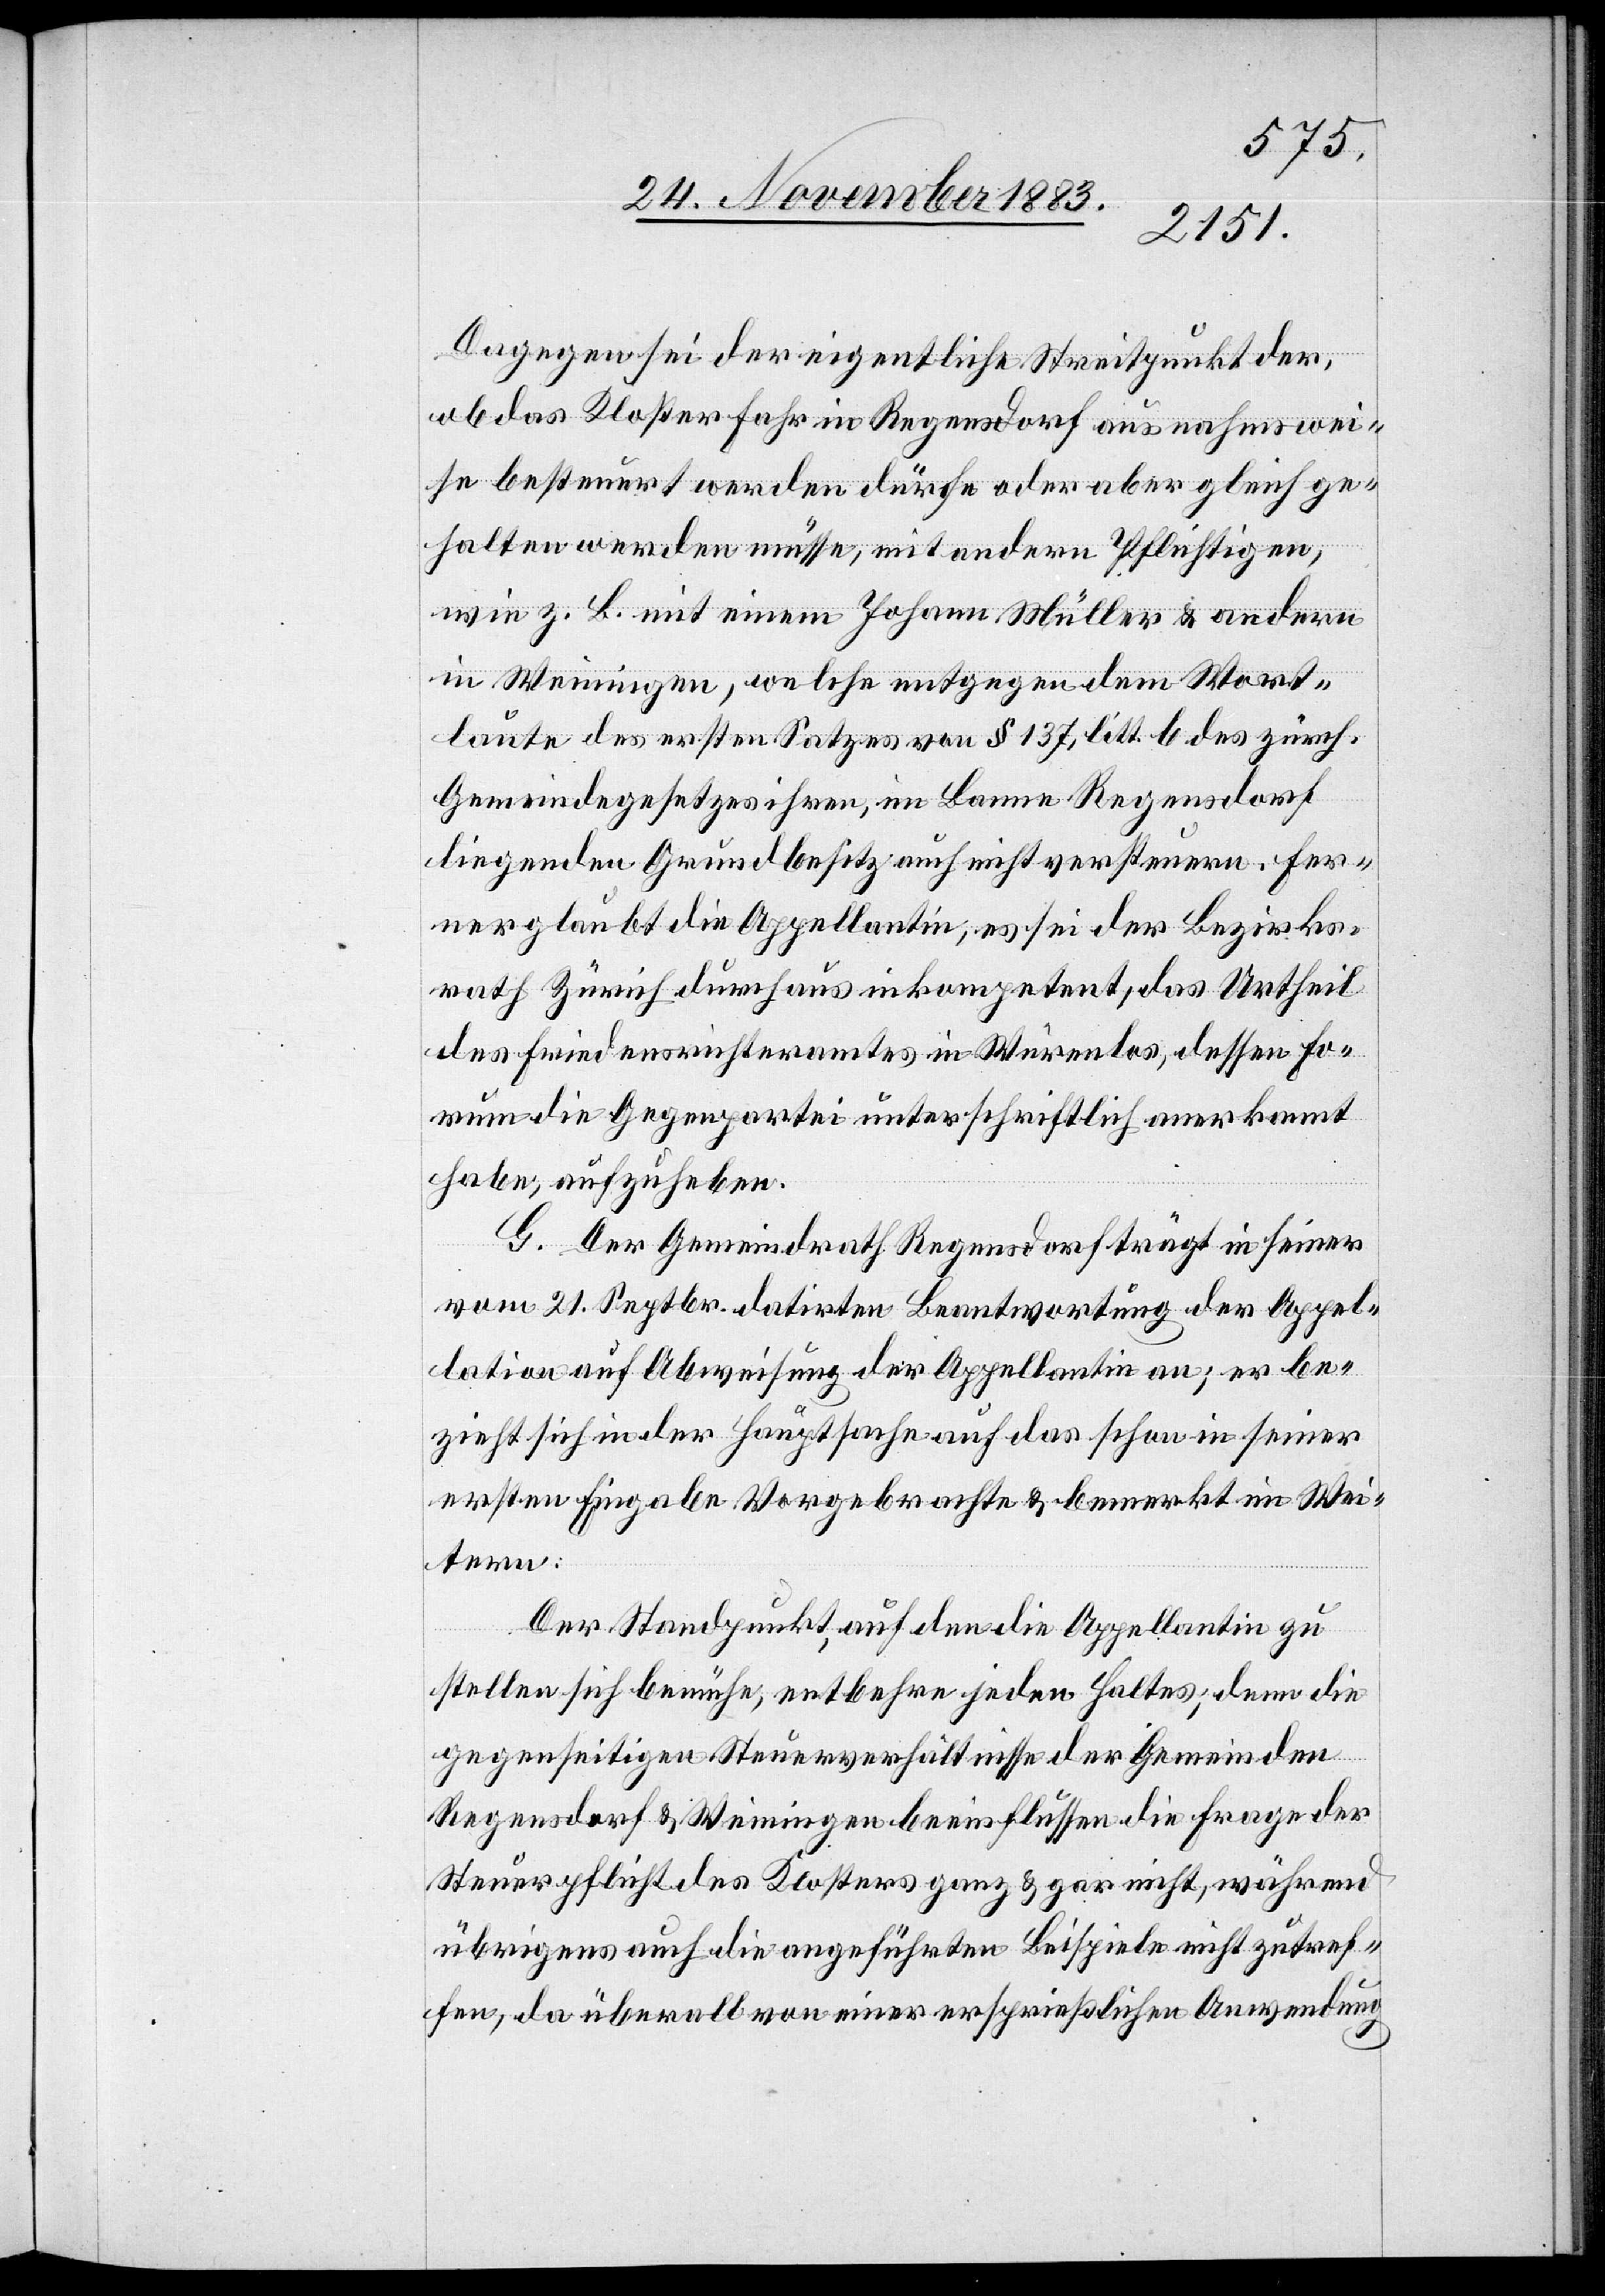
Dagegen sei der eigentliche Streitpunkt der,
ob das Kloster Fahr in Regensdorf ausnahmswei¬
se besteuert werden dürfe oder aber gleich ge¬
halten werden müsse, mit andern Pflichtigen,
wie z. B. mit einem Johann Müller & andern
in Weiningen, welche entgegen dem Wort¬
laute des ersten Satzes von § 137, litt. b des zürch.
Gemeindegesetzes ihren im Banne Regensdorf
liegenden Grundbesitz auch nicht versteuern. Fer¬
ner glaubt die Appellantin, es sei der Bezirks¬
rath Zürich durchaus inkompetent, das Urtheil
des Friedensrichteramtes in Würenlos, dessen Fo¬
rum die Gegenpartei unterschriftlich anerkannt
habe, aufzuheben.
G. Der Gemeindrath Regensdorf trägt in seiner
vom 21. Septbr. datirten Beantwortung, der Appel¬
lation auf Abweisung der Appellantin an; er be¬
zieht sich in der Hauptsache auf das schon in seiner
ersten Eingabe Vorgebrachte & bemerkt im Wei¬
tern:
Der Standpunkt, auf den die Appellantin zu
stellen sich bemühe, entbehre jeden Haltes, denn die
gegenseitigen Steuerverhältnisse der Gemeinden
Regensdorf & Weiningen beeinflussen die Frage der
Steuerpflicht des Klosters ganz & gar nicht, während
übrigens auch die ausgeführten Beispiele nicht zutref¬
fen, da überall von einer ersprießlichen Anwendung